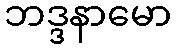
ဘဒ္ဒနာမော